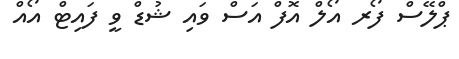
ޕްލޭސް ފޯރ އޯލް އޮފް އަސް ވައި ޝުޑް ވީ ފައިޓް އޯއް